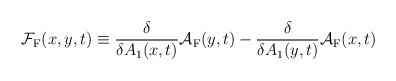
\begin{align*}{\cal F}_{\rm F}(x,y,t) \equiv \frac{\delta}{\delta A_1(x,t)}{\cal A}_{\rm F}(y,t) - \frac{\delta}{\delta A_1(y,t)}{\cal A}_{\rm F}(x,t)\end{align*}